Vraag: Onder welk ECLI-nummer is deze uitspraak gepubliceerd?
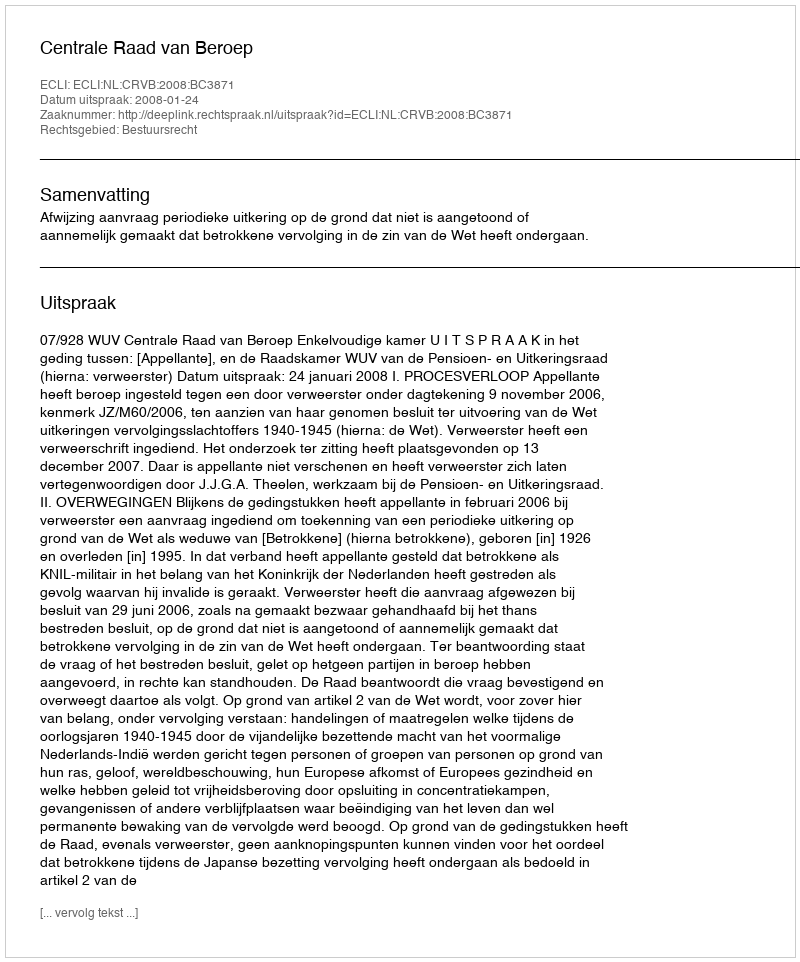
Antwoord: ECLI:NL:CRVB:2008:BC3871